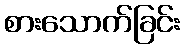
စားသောက်ခြင်း